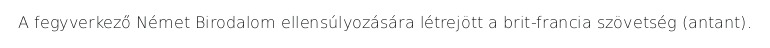
A fegyverkező Német Birodalom ellensúlyozására létrejött a brit-francia szövetség (antant).